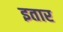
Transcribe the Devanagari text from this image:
इतार